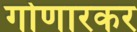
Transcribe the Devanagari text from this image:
गोणारकर